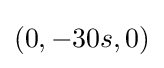
(0,-30s,0)